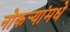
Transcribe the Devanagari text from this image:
नोकर्‍यांमधे